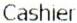
CASHIER